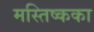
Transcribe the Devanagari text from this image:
मस्तिष्कका